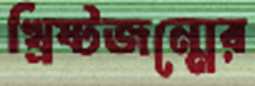
খ্রিষ্টজন্মের